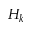
H _ { k }